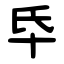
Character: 氒